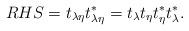
LaTeX: \begin{align*} RHS= t_{\lambda\eta} t_{\lambda\eta}^*= t_{\lambda}t_{\eta} t_{\eta}^*t_{\lambda}^*. \end{align*}